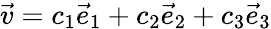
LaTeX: {\vec{v}}=c_{1}{\vec{e}}_{1}+c_{2}{\vec{e}}_{2}+c_{3}{\vec{e}}_{3}